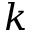
k